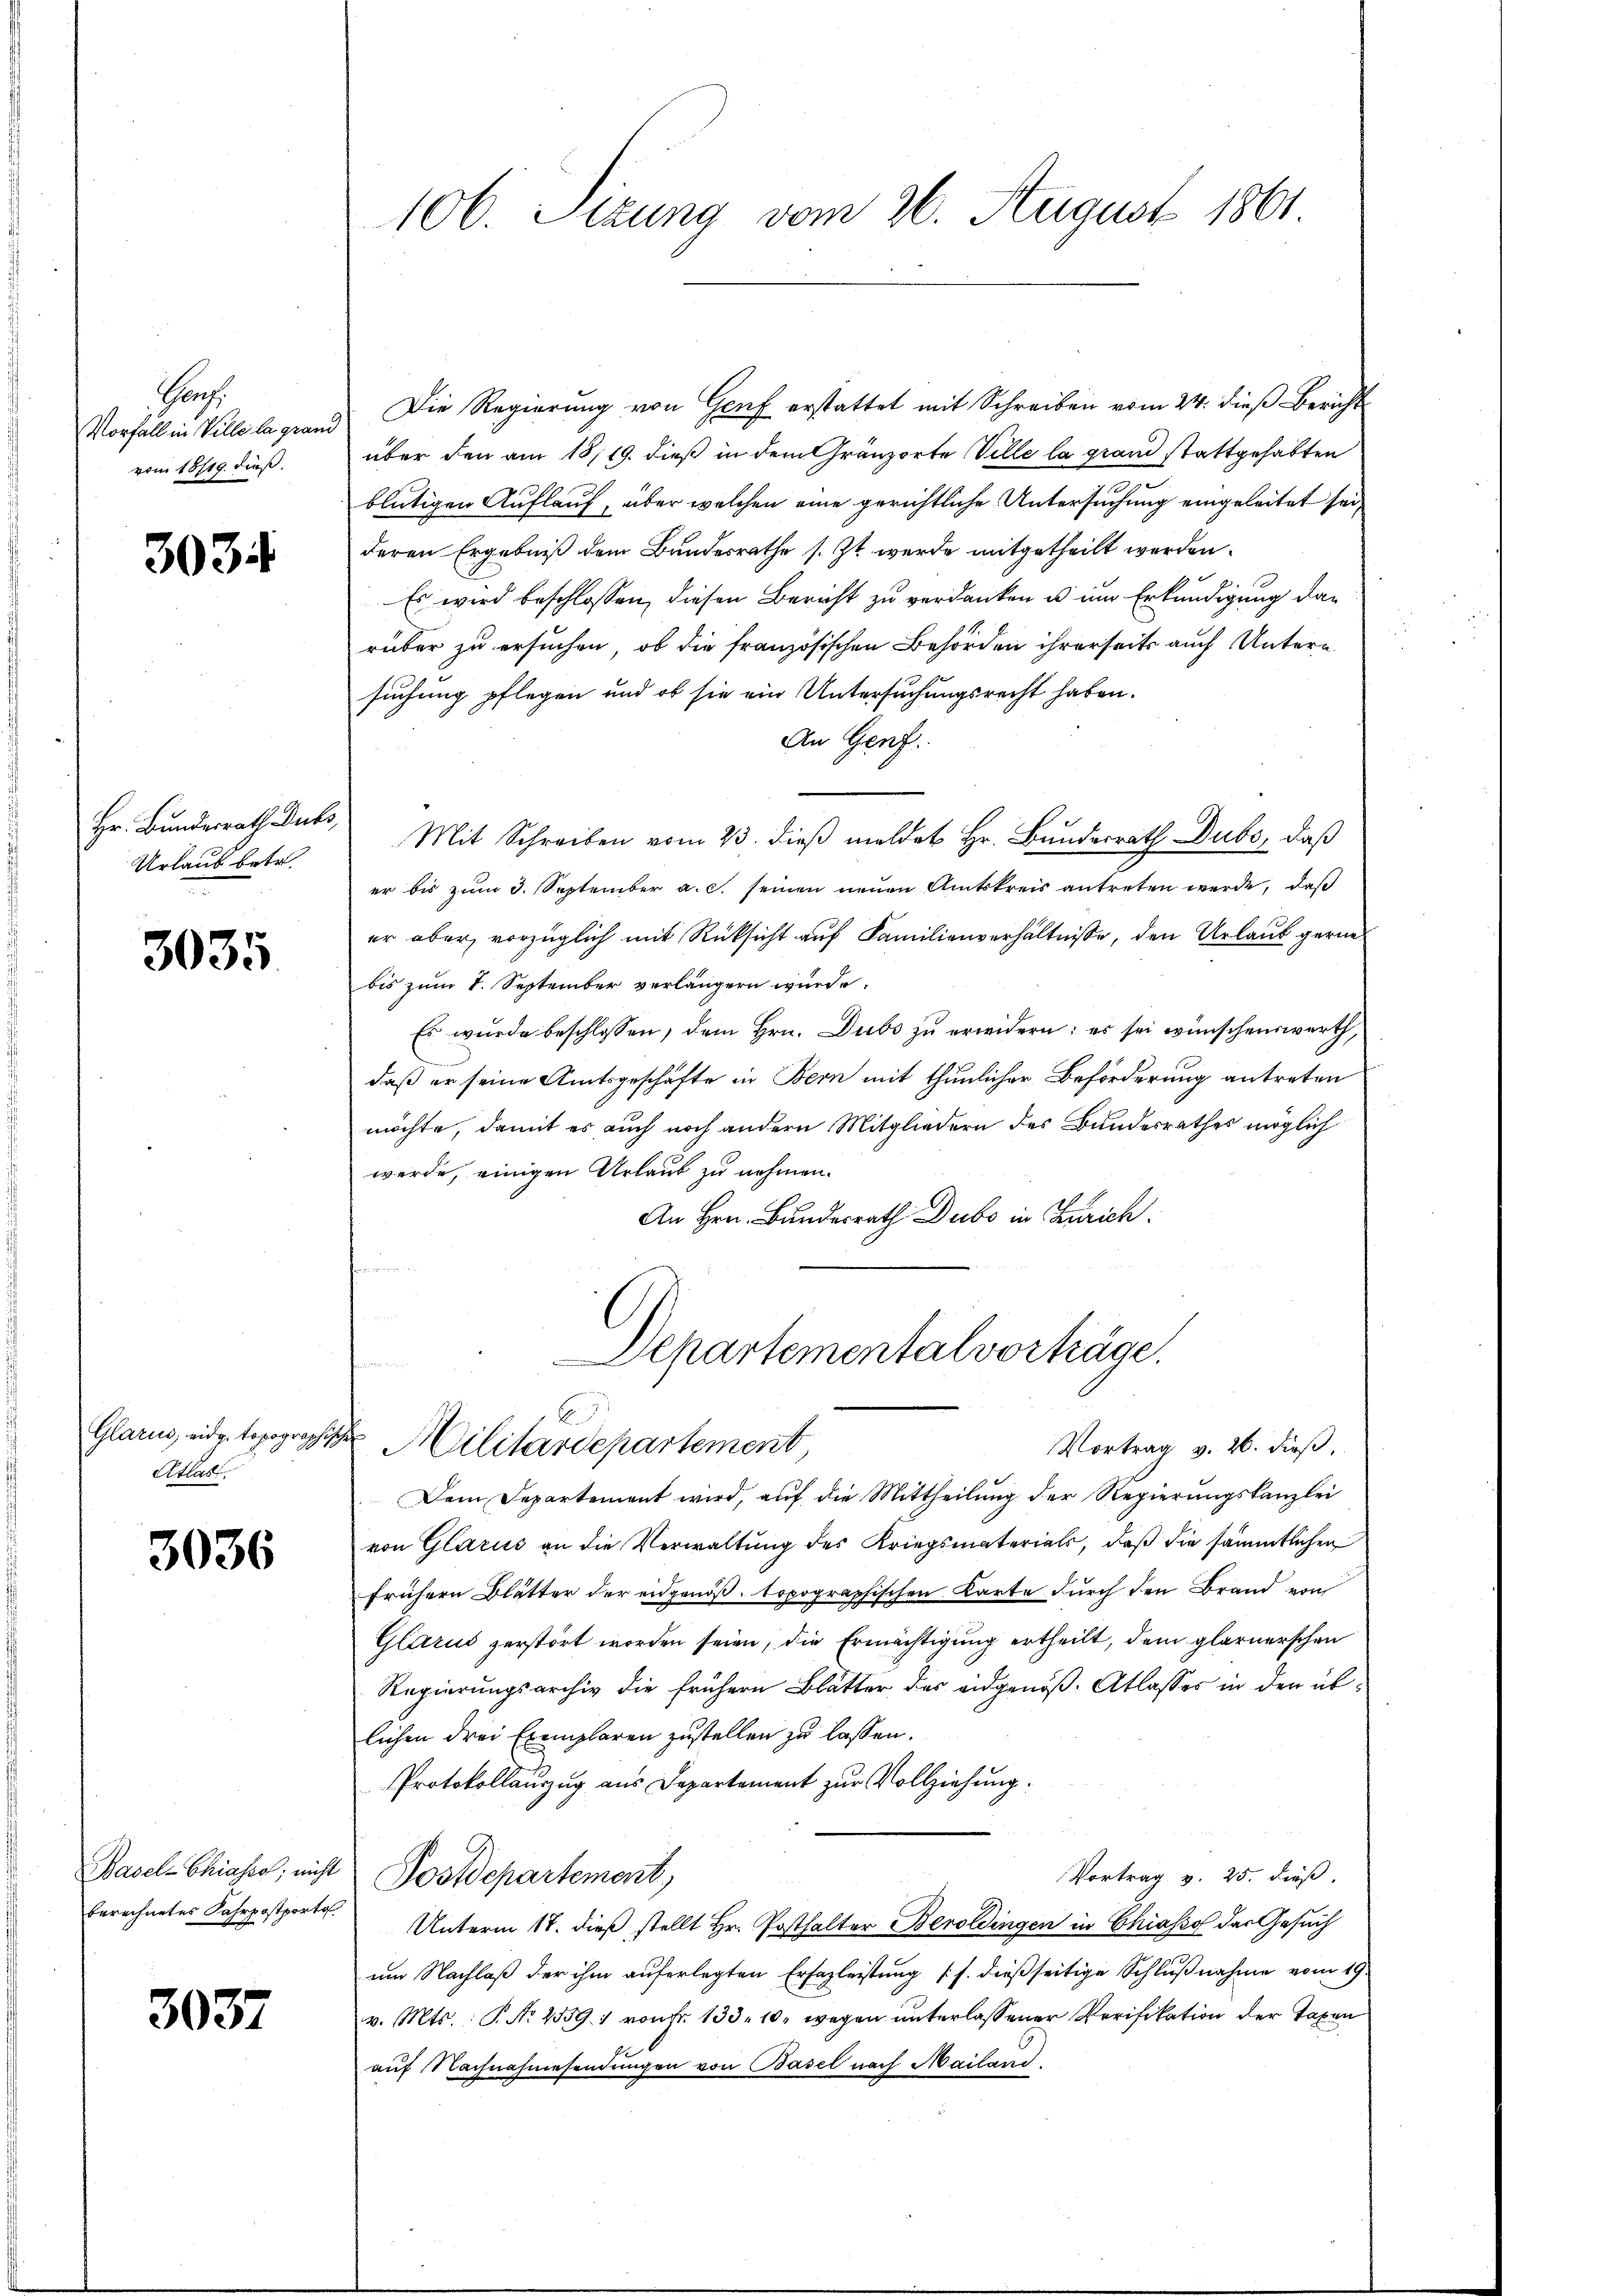
Gauf.
Vorfall in Wille la gran
vom 18/19. dieß.

303

Hr. Bundesrath Dubs,
Urlaub betr.

3035

Glarus, eidg. topographe,
Akanst

3036

berechnetes Fahrpostporto

3037

106. Sizung vom 26. August 1861.

Die Regierŭng von Genf erstattet mit Schreiben vom 24. dieß Bericht
über den am 18/19. dieß in dem Gränzorte Ville la grand stattgehabten
blütigen Auflauf, über welchen eine gerichtliche Untersuchung eingeleitet sei,
deren Ergebniß dem Bundesrathe s. Zt. werde mitgetheilt werden.

Es wird beschlossen, diesen Bericht zu verdanken u um Erkundigung darüber zu ersuchen, ob die französischen Behörden ihrerseits auch Untern
suchung pflegen und ob sie ein Untersuchungsrecht haben.
An Genf.
Mit Schreiben vom 23. dieß meldet Hr. Bunderrath Dubs, daß
er bis zum 3. September a. c. seinen neuen Amtskreis antreten werde, daß
er aber, vorzüglich mit Rücksicht auf Familienverhältnisse, den Urlaub gerne
bis zum 1. September verlängern würde.
Es wurde beschlossen, dem Hrn. Dubs zu erwidern: es sei wünschenswerth,
daß er seine Amtsgeschäfte in Bern mit thunlicher Beförderung antreten
möchte, damit es auch noch andern Mitgliedern des Bundesrathes möglich
werde, einigen Urlaub zu nehmen.
An Hrn. Bundesrath Dubo in Zürich

Departementalvorträge.
b
2 Militärdepartement,
Vortrag v. 26. dieß,

Dem Departement wird, auf die Mittheilung der Regierungskanzlei
von Glarus an die Verwaltung des Kriegsmaterials, daß die sämmtlichen
frühern Blätter der eidgenöß. topographischen Karte durch den Brand von
Glarus zerstört worden seien, die Ermächtigung ertheilt, dem Glarnerschen
Regierungsarchiv die frühern Blätter des eidgenöß. Atlasser in der üblichen drei Exemplaren zustellen zu lassen.
Protokollauszug aus Departement zur Vollziehung.
Basel-Chiahre, nicht Postdepartemont,
Vortrag v. 25. dieß.
Unterm 18. dieß stellt Hr. Posthalter Beroldingen in Chiasso das Gesuch
um Nachlaß der ihm auferlegten Erfazleistung (s. dießseitige Schlußnahme vom 19.
v. Mts.: P. Nr. 2559. 1 von Fr. 133. 10. wegen unterlassener Verifikation der Taxen
auf Nachnahmesendungen von Basel nach Mailand.